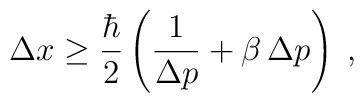
\Delta x \ge \frac{\hbar}{2}             \left( \frac{1}{\Delta p} + \beta\,\Delta p             \right)\;,